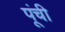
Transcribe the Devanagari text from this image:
पूंची